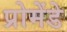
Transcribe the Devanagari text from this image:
प्रोमेंडे